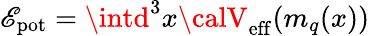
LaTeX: {\cal\mathscr{E}}_{\mathrm{{pot}}}=\intd^{3}x{\calV}_{\mathrm{{eff}}}(m_{q}(x))